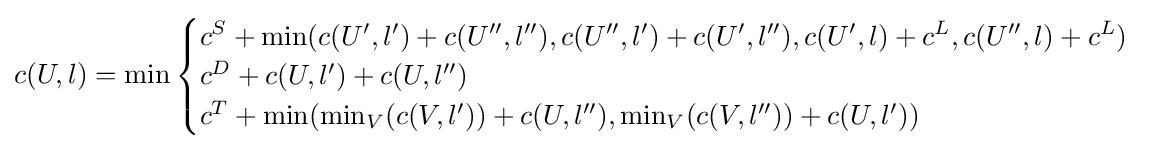
c(U,l)=\min {\begin{cases}c^{S}+\min(c(U^{\prime },l^{\prime })+c(U^{\prime \prime },l^{\prime \prime }),c(U^{\prime \prime },l^{\prime })+c(U^{\prime },l^{\prime \prime }),c(U^{\prime },l)+c^{L},c(U^{\prime \prime },l)+c^{L})\\c^{D}+c(U,l^{\prime })+c(U,l^{\prime \prime })\\c^{T}+\min(\min _{V}(c(V,l^{\prime }))+c(U,l^{\prime \prime }),\min _{V}(c(V,l^{\prime \prime }))+c(U,l^{\prime }))\end{cases}}